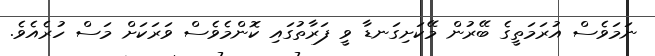
ނަމަވެސް އުރަމަތީގެ ބޭރުން މޭކަށިގަނޑާ ވީ ފަރާތުގައި ކޮންމެވެސް ވަރަކަށް މަސް ހުރެއެވެ.